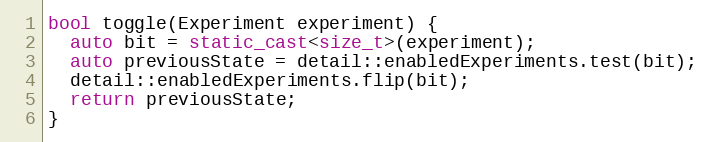
Language: C++
bool toggle(Experiment experiment) {
  auto bit = static_cast<size_t>(experiment);
  auto previousState = detail::enabledExperiments.test(bit);
  detail::enabledExperiments.flip(bit);
  return previousState;
}